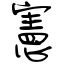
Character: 憲